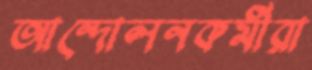
আন্দোলনকর্মীরা